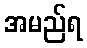
အမည်ရ